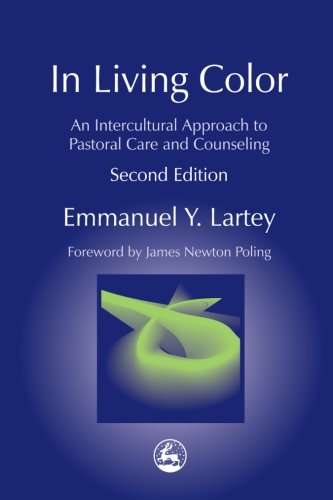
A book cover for In Living Color: An Intercultural Approach to Pastoral Care and Counseling (Practical Theology); Emmanuel Y. Lartey; Christian Books & Bibles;